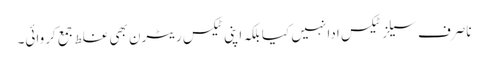
ناصرف سیلز ٹیکس ادا نہیں کیا بلکہ اپنی ٹیکس ریٹرن بھی غلط جمع کروائی۔